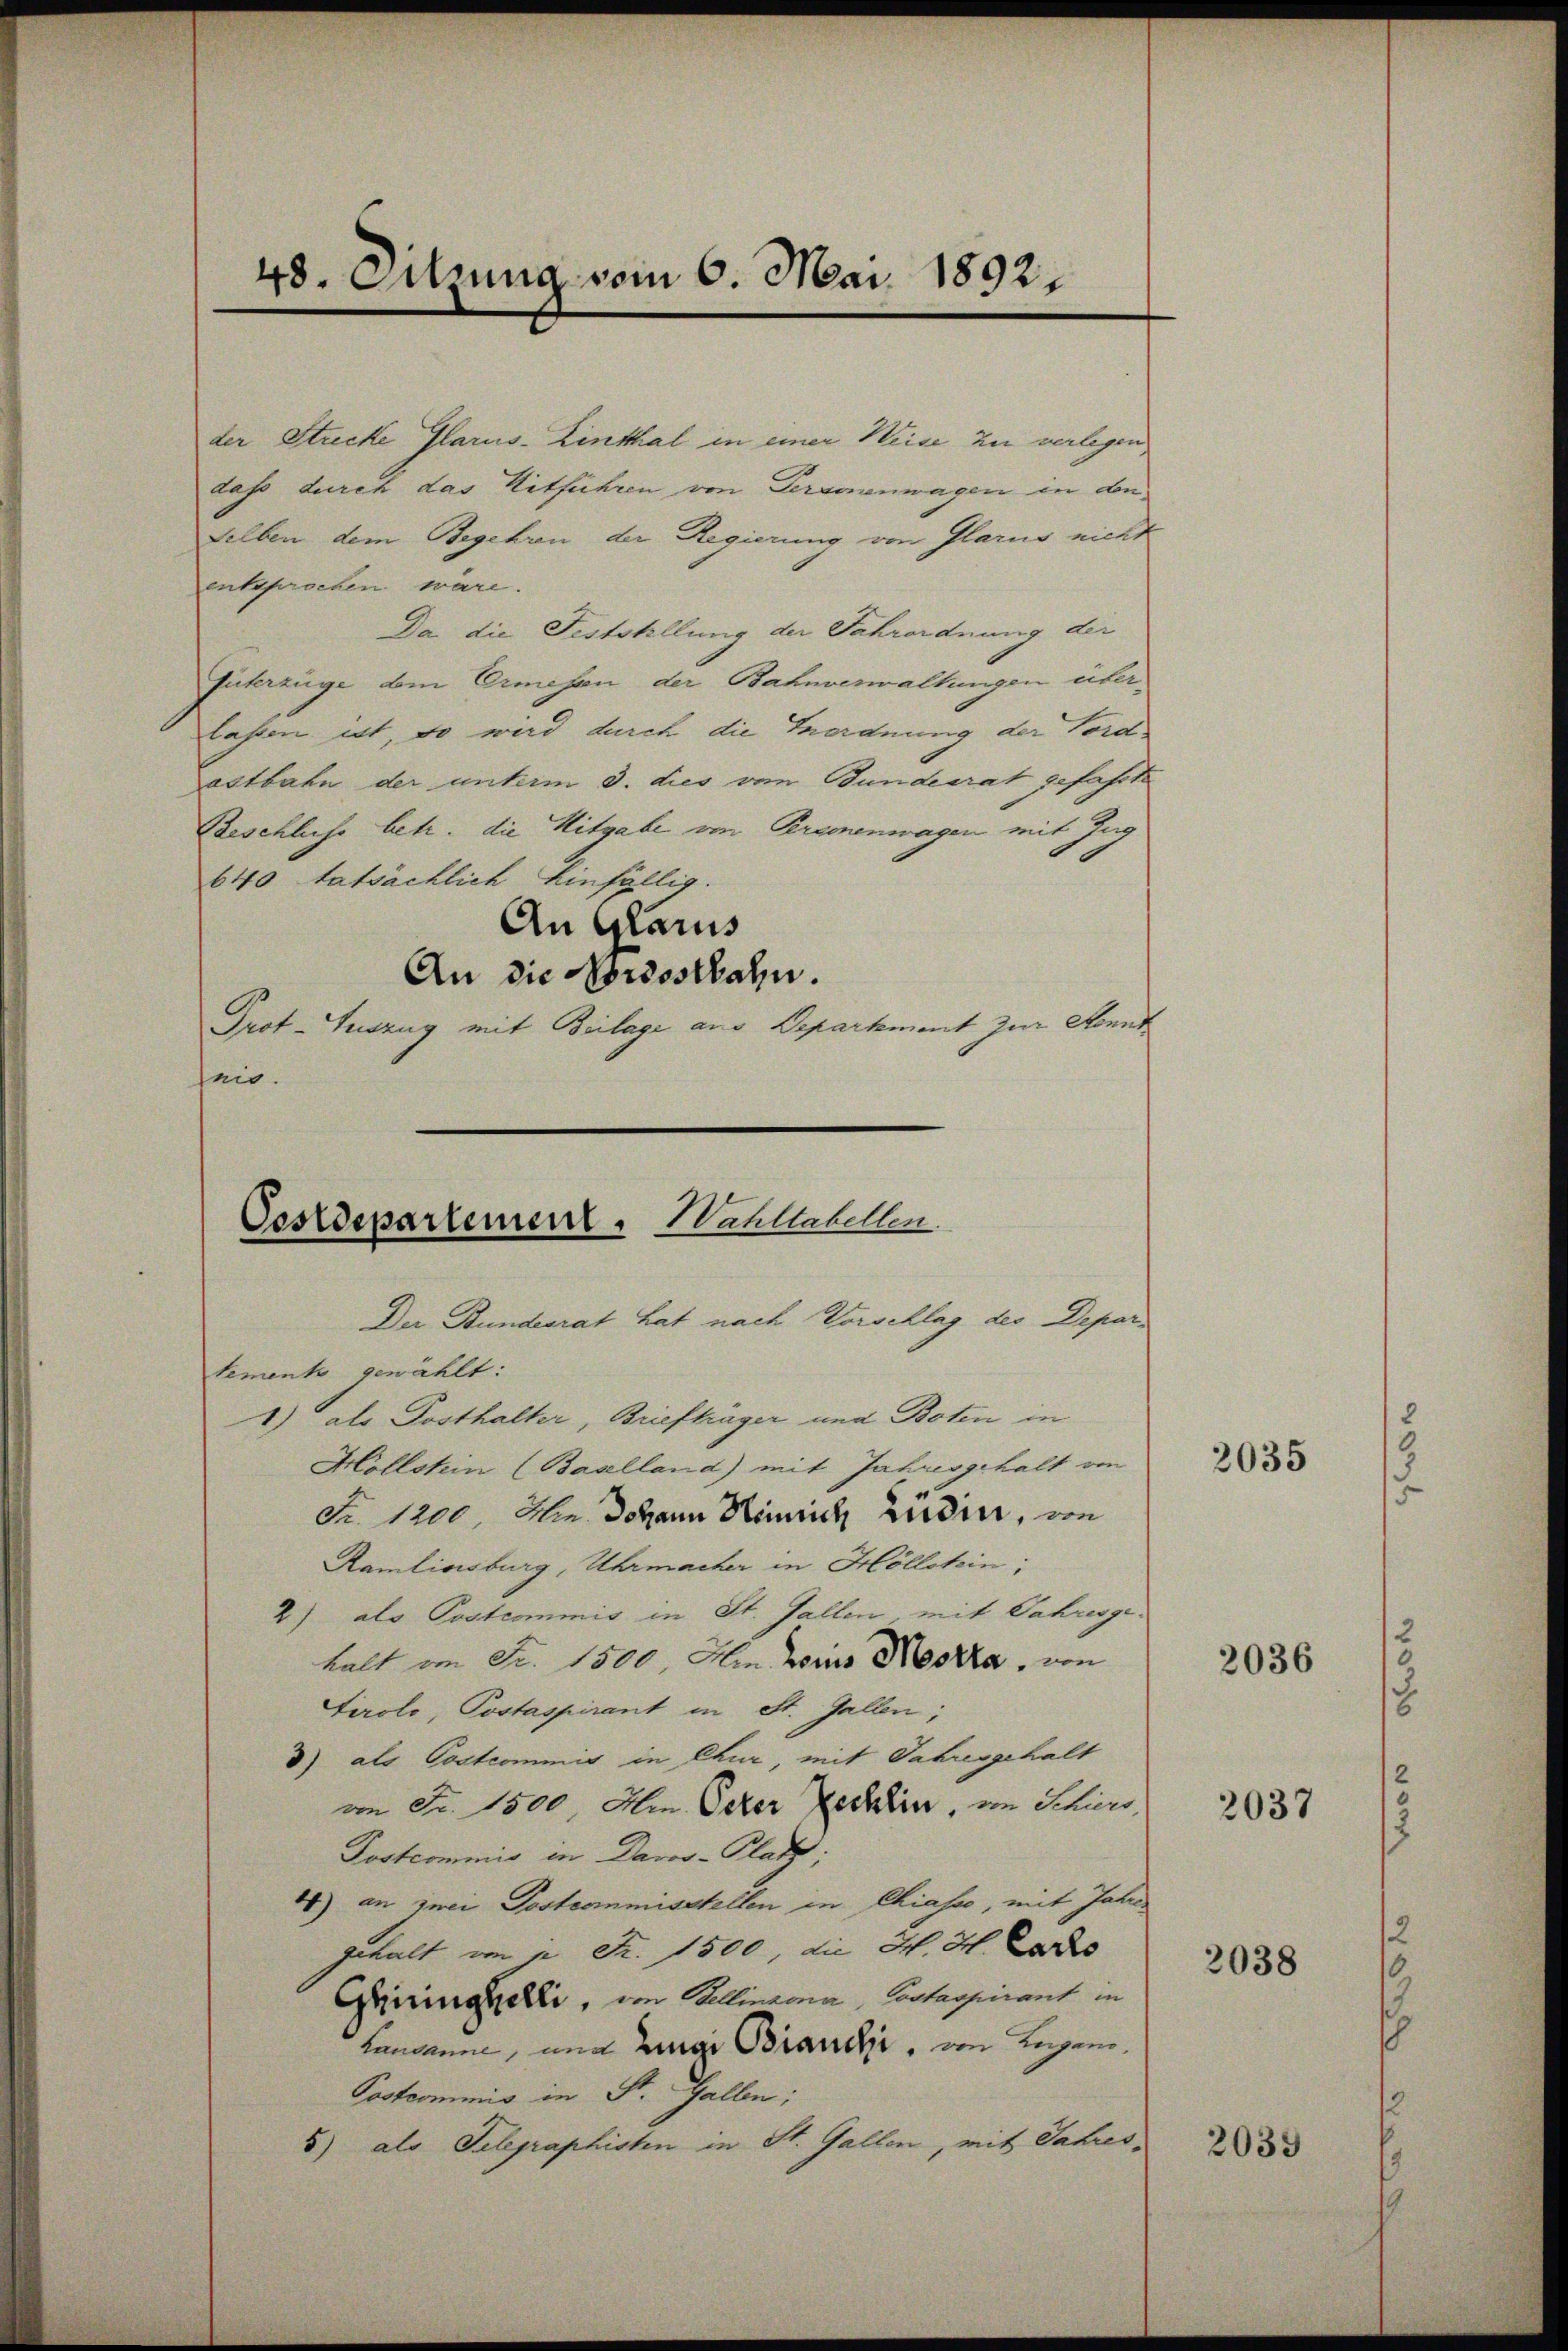
48. Sitzung vom 6. Mai 1892.

der Strecke Glarus-Linthal in einer Weise zu verlegen
dass durch das Mitführen von Personenwagen in denselben dem Begehren der Regierung von Glarus nicht
entsprochen wäre.
Da die Festohllung der Fahrordnung der
Püterzüge bei Ermesen, der Bahnverwaltungen überlaßen ist, so wird durch die Verordnung der Vordastbahn der unterm 3. dies von Bundesrat gefahrte
Beschluss betr. die Mitgabe von Beramenwagen mit Zug
640 tatsächlich Einfällig.
An Glarus
An die Nordostbahn.
Grot-Teszug mit Beilage aus Departement zur Monnt
nio.

Oestdepartemen - Wahllabellen.

Der Bundesrat hat nach Vorschlag des Deparlement gewählt:
1) als Posthalter, Briefträger und Boten in
Hollstein (Baselland) mit Jahresgehalt von
Nr. 1200. Hr. Johann Hinsich zudier, von
Ramlinsburg, Uhrmacher in Höllotin;
2) als Postcommis in St. Gallen, mit Jahresgehalt am Fr. 1500. Am zins Mestra, von
Tirolo, Postaspirant in St. Gallen;
3) als Postcommis in Chur, mit Jahresgehalt
im Fr. 1500 Min. Peter Zechlin, im Schiers,
Postcommis in Davos- Platz,
) an zwei Postcommisstellen in Chiasso, mit Jahre
gehalt von 2 Fr. 1500, die H. H. Laro
Geiringhelli, in Mellinzona, Castaspirant in
Landanne, und ange Brauche, im Legen¬
Postcommis in St. Gallen;
5) als Telegraphisten in St. Gallen, mit Jahres¬

2035

2036

2037

2038

2039

2